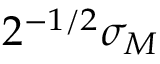
2 ^ { - 1 / 2 } \sigma _ { M }